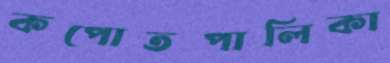
কপোতপালিকা